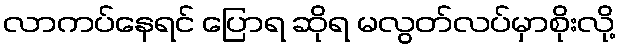
လာကပ်နေရင် ပြောရ ဆိုရ မလွတ်လပ်မှာစိုးလို့